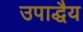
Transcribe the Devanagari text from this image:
उपाद्धैय